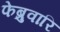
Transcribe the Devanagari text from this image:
फेब्रुवारि